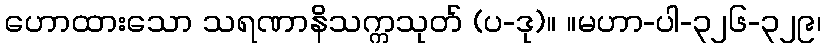
ဟောထားသော သရဏာနိသက္ကသုတ် (ပ-ဒု)။ ။မဟာ-ပါ-၃၂၆-၃၂၉၊